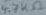
Text: 4.7kΩ